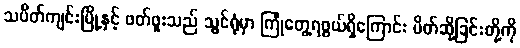
သပိတ်ကျင်းမြို့နှင့် ဖတ်ဖူးသည် သွင်ရုံမှာ ကြုံတွေ့ရဖွယ်ရှိကြောင်း ပိတ်ဆို့ခြင်းတို့ကို